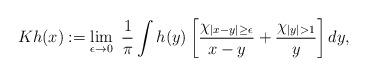
LaTeX: \begin{align*}Kh(x) := \lim_{\epsilon \to 0} ~\frac{1}{\pi} \int h(y) \left[\frac{\chi_{|x-y|\geq\epsilon}}{x-y} + \frac{\chi_{|y|>1}}{y} \right] dy, \end{align*}